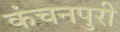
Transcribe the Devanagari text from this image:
कंचनपुरी